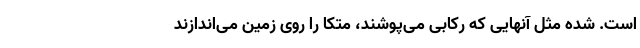
است. شده مثل آنهایی که رکابی می‌پوشند، متکا را روی زمین می‌اندازند